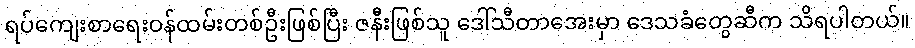
ရပ်ကျေးစာရေးဝန်ထမ်းတစ်ဦးဖြစ်ပြီး ဇနီးဖြစ်သူ ဒေါ်သီတာအေးမှာ ဒေသခံတွေဆီက သိရပါတယ်။